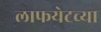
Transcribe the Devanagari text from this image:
लाफयेटच्या